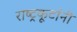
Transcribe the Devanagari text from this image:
राष्ट्रकूटांनी